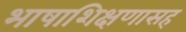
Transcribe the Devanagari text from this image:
भाषाशिक्षणासह